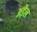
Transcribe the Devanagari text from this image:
अड़ैल